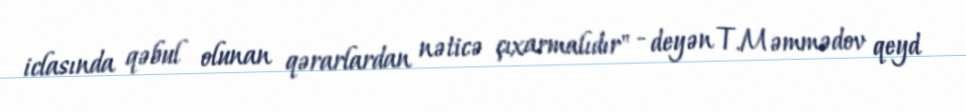
iclasında qəbul olunan qərarlardan nəticə çıxarmalıdır" - deyən T.Məmmədov qeyd